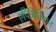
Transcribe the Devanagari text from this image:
एपिथिलियल